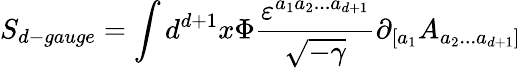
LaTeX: S_{d-gauge}=\int d^{d+1}x\Phi\frac{\varepsilon^{a_{1}a_{2}...a_{d+1}}}{\sqrt{-\gamma}}\partial_{[a_{1}}A_{a_{2}...a_{d+1}]}